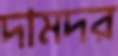
দামদর